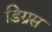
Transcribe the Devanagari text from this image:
डिग्रस